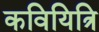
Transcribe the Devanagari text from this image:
कवियित्रि